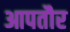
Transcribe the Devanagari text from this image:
आपतौर